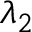
\lambda _ { 2 }